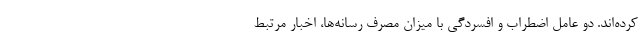
کرده‌اند. دو عامل اضطراب و افسردگی با میزان مصرف رسانه‌ها، اخبار مرتبط